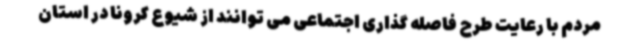
مردم با رعایت طرح فاصله گذاری اجتماعی می توانند از شیوع کرونا در استان